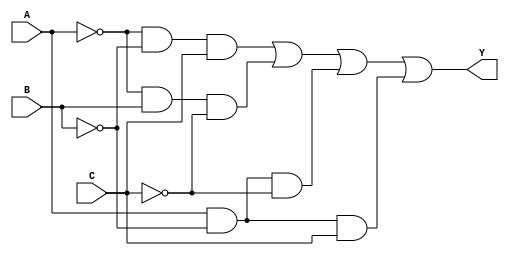
module comb_Y1(output Y, input A, B, C);
    assign  Y = 
            (~A & ~B &  C)|
            (~A &  B & ~C)|
            ( A & ~B & ~C)|
            ( A & ~B &  C);

endmodule